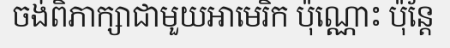
ចង់ពិភាក្សាជាមួយអាមេរិក ប៉ុណ្ណោះ ប៉ុន្តែ